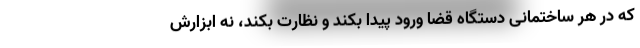
که در هر ساختمانی دستگاه قضا ورود پیدا بکند و نظارت بکند، نه ابزارش